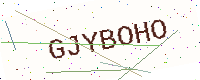
Text: GJYBOHO